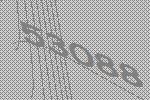
53088